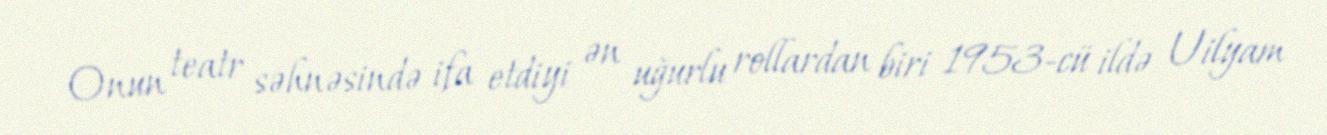
Onun teatr səhnəsində ifa etdiyi ən uğurlu rollardan biri 1953-cü ildə Uilyam